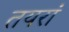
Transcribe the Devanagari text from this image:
तयरां